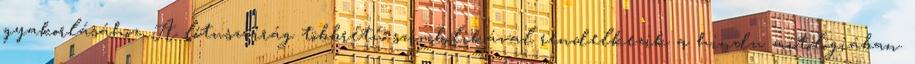
gyakorlásához. A lótuszvirág többrétű szimbolikával rendelkezik a hindu mitológiában.